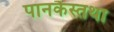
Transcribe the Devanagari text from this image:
पानकैस्तथा